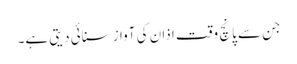
جن سے پانچ وقت اذان کی آواز سنائی دیتی ہے۔